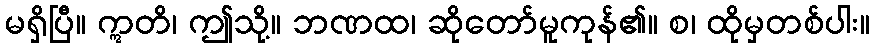
မရှိပြီ။ ဣတိ၊ ဤသို့။ ဘဏထ၊ ဆိုတော်မူကုန်၏။ စ၊ ထိုမှတစ်ပါး။